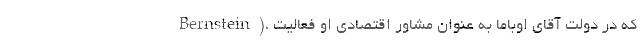
Bernstein)، که در دولت آقای اوباما به عنوان مشاور اقتصادی او فعالیت